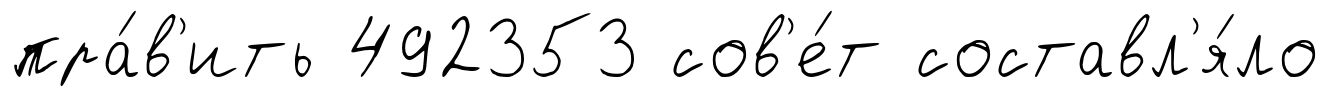
пра́в'ить 492353 сов'е́т составл'я́ло